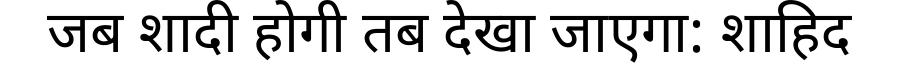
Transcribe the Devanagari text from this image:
जब शादी होगी तब देखा जाएगा: शाहिद